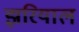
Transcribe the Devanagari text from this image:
झरियाल